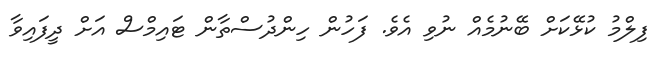
ފިލްމު ކުޅޭކަށް ބޭނުމެއް ނުވި އެވެ. ފަހުން ހިންދުސްތާން ޓައިމްސް އަށް ދީފައިވާ